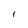
Character: I